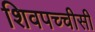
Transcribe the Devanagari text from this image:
शिवपच्चीसी